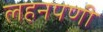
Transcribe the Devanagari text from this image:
लहनपणी